system: You are a helpful assistant.
user:
Analyze the provided spectrum to determine if it is a **"Cataclysmic Variables (CV)"**.

- **Key Indicators for CV (Check for either state):**
    - **State 1: Quiescent / Low-State (Emission-Dominated)**
        - **(Primary):** Strong and *very broad* Hydrogen Balmer emission lines (e.g., $H\alpha$ at 6563 Å, $H\beta$ at 4861 Å). The 'broadness' (high velocity dispersion, often FWHM > 1000 km/s) is the key diagnostic, indicating a high-velocity accretion disk.
        - **(Secondary):** Broad neutral Helium (He I) emission lines (e.g., 5876 Å, 6678 Å).
        - **(Key Confirmation):** Presence of high-excitation *ionized* Helium (He II) emission at 4686 Å. This is a strong indicator of accretion onto a white dwarf.
        - **(Line Profile):** Emission lines may exhibit a 'double-peaked' profile, which is a classic signature of a rotating accretion disk viewed at high inclination.

    - **State 2: Outburst / High-State (Absorption-Dominated)**
        - **(Primary):** Spectrum is dominated by a bright, blue continuum (looks like a hot star).
        - **(Secondary):** The emission lines from State 1 are weak, absent, or 'filled in', and are replaced by broad, shallow *absorption* lines (primarily Balmer and He I).
        - **(Morphology):** The overall spectrum mimics a hot B/A-type star. The crucial difference is that the absorption lines are significantly broader, shallower, and more 'washed-out' (or 'smeared') than the sharp lines of a normal stellar photosphere, due to high rotational speeds and pressure broadening in the disk.

Think first, call **spectral_visualization_tool** if needed to examine features in detail, then provide your final answer. Your response must adhere to the following strict rules:
1.  **Overall Structure:** Your response must follow the format `<think>...</think> <tool_call>...</tool_call> (if a tool is used) <answer>...</answer>`.
2.  **Tool Usage Constraint:** You may only make **one** tool call per turn.
3.  **Final Answer Format:** In the `<answer>` tag, your conclusion must be inside a `\boxed{}` command (e.g., `\boxed{YES}`), followed by your justification.

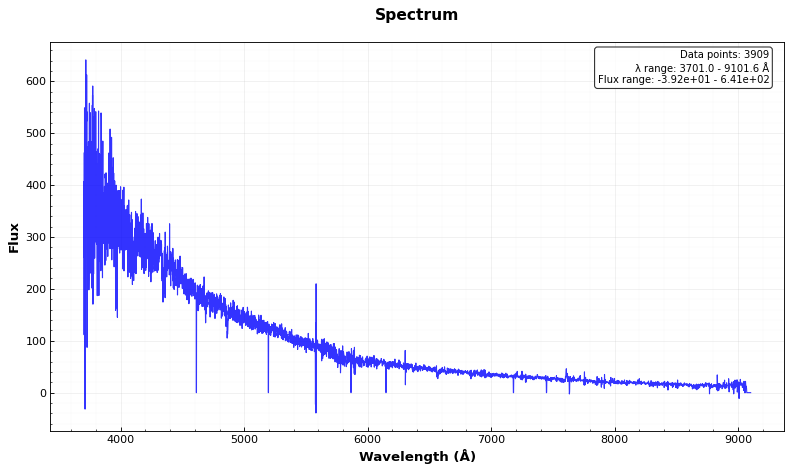
Answer: NO